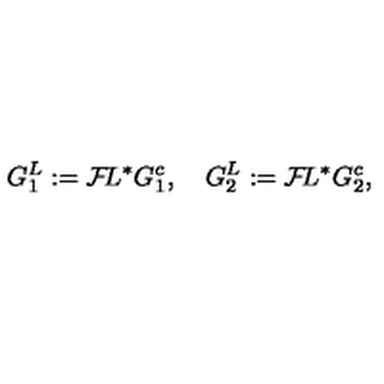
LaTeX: G _ { 1 } ^ { L } : = { \cal F } \! L ^ { * } G _ { 1 } ^ { c } , \quad G _ { 2 } ^ { L } : = { \cal F } \! L ^ { * } G _ { 2 } ^ { c } ,